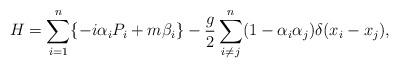
LaTeX: \begin{align*}H=\sum_{i=1}^{n}\{-i\alpha_i P_i + m\beta_i\}-\frac{g}{2}\sum_{i\neq j}^n(1-\alpha_i\alpha_j)\delta (x_i-x_j),\end{align*}